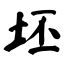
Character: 坯